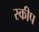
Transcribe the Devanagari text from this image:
स्कीप